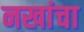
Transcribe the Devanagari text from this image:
नखांचा